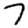
Digit: 7